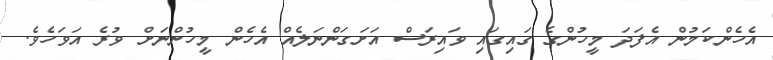
އެހެންކަމުން އެފަދަ މީހުންގެ ގައިގައި ވައިރަސް އަށަގަންނަލެއް އެހެން މީހުންނަށް ވުރެ އަވަހެވެ.